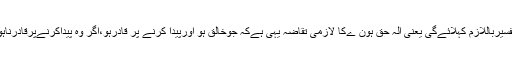
دوسرا پہلو یہ کہ اگرہم اسےتسلیم کریں بالفرض تویہ الہ ِحق کی تفسیرباللازم کہلائےگی یعنی الہ ِحق ہون ےکا لازمی تقاضہ یہی ہےکہ جوخالق ہو اورپیدا کرنے پر قادرہو،اگر وہ پیداکرنےپرقادرناہوتووہ الہِ حقیقی نہيں ہوسکتاہے،اگرچہ اسے لوگ الہ کہتے پھریں۔